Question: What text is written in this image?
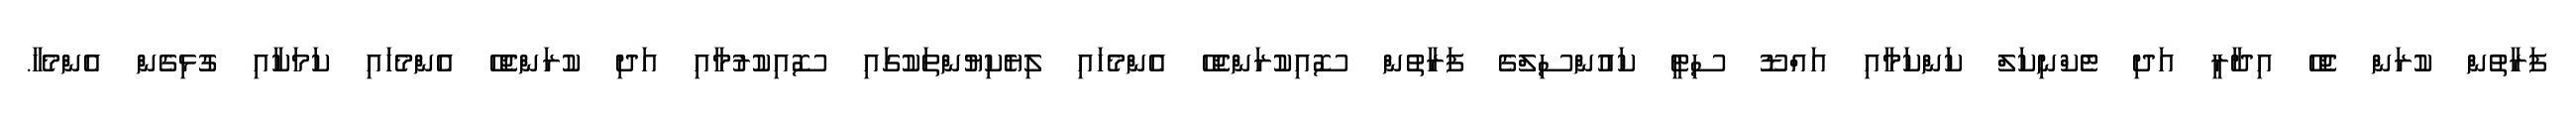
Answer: ފަރާތުން ކުރަން ޖެހޭ އިދާރީ އަދި ޓެކްނިކަލް ކަންކަމާއި އައްޑޫ ސިޓީ ކައުންސިލްގެ ފަރާތުން ސޮއިކުރަންޖެހޭ އެންމެހައި ލިޔެކިޔުންތަކުގައި ސޮއިކުރުމާއި އަދި ކުރަންޖެހޭ އެންމެހައި ކަމަކާއި ގުޅިގެން އެންމެހާ.